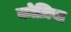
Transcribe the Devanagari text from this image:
कोज़िया